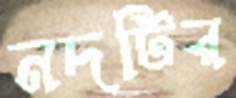
নদটির